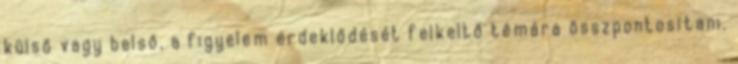
külső vagy belső, a figyelem érdeklődését felkeltő témára összpontosítani.